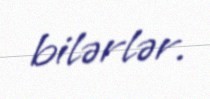
bilərlər.